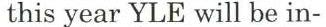
this year YLE will be in-